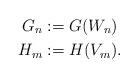
LaTeX: \begin{align*}G_n&:=G(W_n)\\H_m&:=H(V_m).\end{align*}